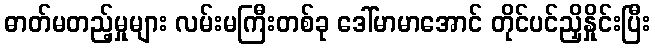
ဓာတ်မတည့်မှုများ လမ်းမကြီးတစ်ခု ဒေါ်မာမာအောင် တိုင်ပင်ညှိနှိုင်းပြီး